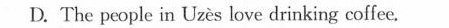
D. The people in Uzès love drinking coffee.